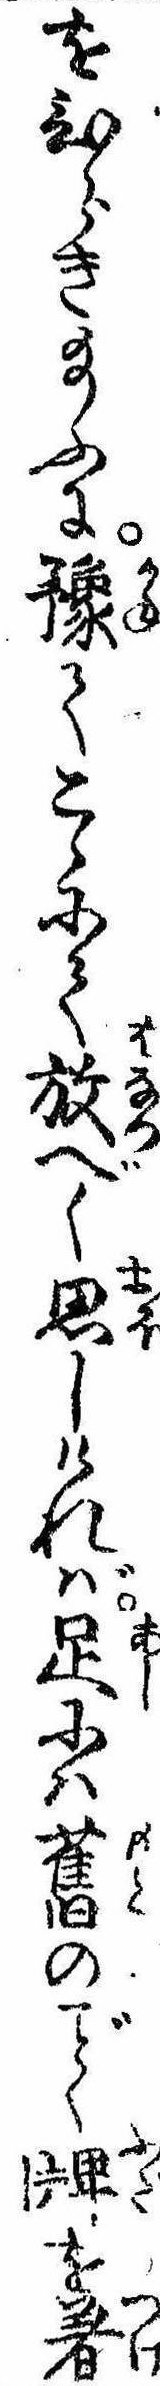
をひらき給ふに予てこゝにて放べく思しければ足には旧のく牌を着